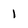
Character: I